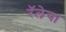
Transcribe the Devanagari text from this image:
रॅलेचा